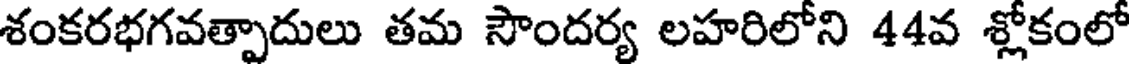
శంకరభగవత్పాదులు తమ సౌందర్య లహరిలోని 44వ శ్లోకంలో